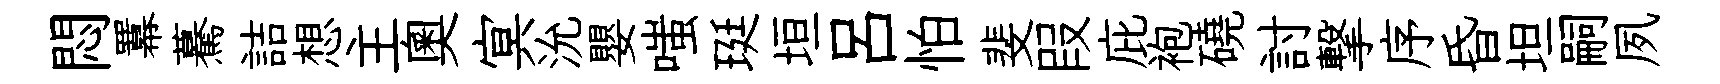
悶羃驀詰想主奧㝠沇嬰嗤珽垣呂怕斐叚庇袍磽討撃序昏坦嗣夙